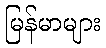
မြန်မာများ